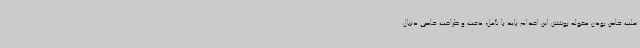
علت خاص بودن مقوله پوشش این اقدام باید با تأمل، دقت و ظرافت خاصی دنبال